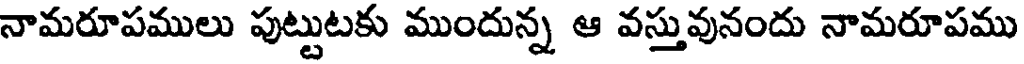
నామరూపములు పుట్టుటకు ముందున్న ఆ వస్తువునందు నామరూపము